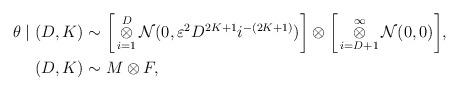
LaTeX: \begin{align*}\theta \mid (D, K) &\sim \bigg{[}\mathop{\otimes}_{i=1}^{D}\mathcal{N}(0,\varepsilon^{2}D^{2K+1} i^{-(2K+1)} )\bigg{]}\otimes\bigg{[}\mathop{\otimes}_{i=D+1}^{\infty}\mathcal{N}(0,0)\bigg{]}, \\(D,K) & \sim M \otimes F,\end{align*}